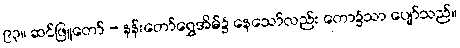
၉၃။ ဆင်ဖြူတော် - နန်းတော်ရွှေအိမ်၌ နေသော်လည်း တော၌သာ ပျော်သည်။